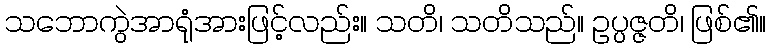
သဘောကွဲအာရုံအားဖြင့်လည်း။ သတိ၊ သတိသည်။ ဥပ္ပဇ္ဇတိ၊ ဖြစ်၏။